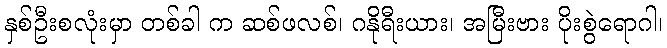
နှစ်ဦးစလုံးမှာ တစ်ခါ က ဆစ်ဖလစ်၊ ဂနိုရီးယား၊ အမြီးဗား ပိုးစွဲရောဂါ၊